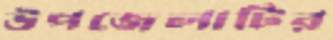
উপজেলাটির